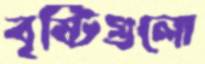
বৃষ্টিগুলো